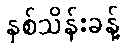
နှစ်သိန်းခန့်